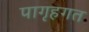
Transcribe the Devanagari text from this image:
पागृहगत